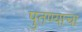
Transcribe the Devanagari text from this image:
पुतण्याचा